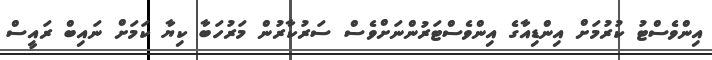
އިންވެސްޓު ކުރުމަށް އިންޑިއާގެ އިންވެސްޓަރުންނަށްވެސް ސަރުކާރުން މަރުހަބާ ކިޔާ ކަމަށް ނައިބް ރައީސް